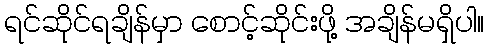
ရင်ဆိုင်ရချိန်မှာ စောင့်ဆိုင်းဖို့ အချိန်မရှိပါ။